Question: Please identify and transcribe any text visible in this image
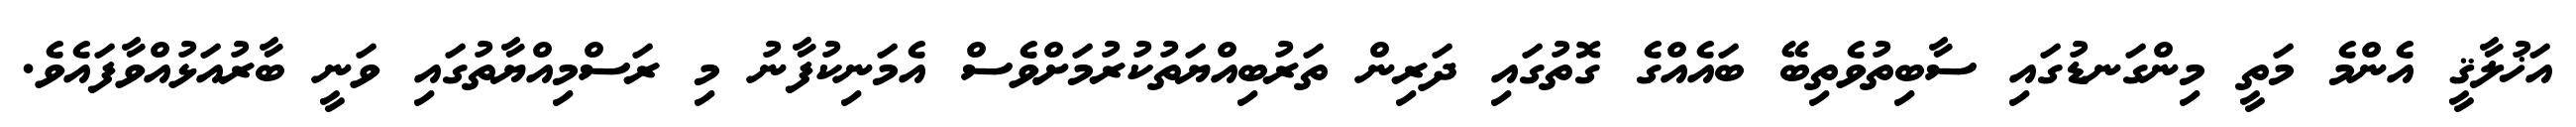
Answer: އަޚުލާޤީ އެންމެ މަތީ މިންގަނޑުގައި ސާބިތުވެތިބޭ ބައެއްގެ ގޮތުގައި ދަރިން ތަރުބިއްޔަތުކުރުމަށްވެސް އެމަނިކުފާނު މި ރަސްމިއްޔާތުގައި ވަނީ ބާރުއަޅުއްވާފައެވެ.